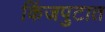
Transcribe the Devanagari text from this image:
किंजपुटात